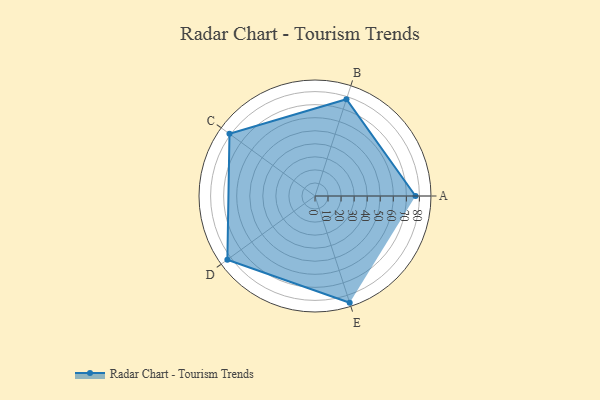
{"axis": {"x": "Skill", "y": "Score"}, "legend": ["Profile"], "data": [{"x": "A", "y": 77.0, "type": "Profile"}, {"x": "B", "y": 78.0, "type": "Profile"}, {"x": "C", "y": 81.0, "type": "Profile"}, {"x": "D", "y": 83.0, "type": "Profile"}, {"x": "E", "y": 86.0, "type": "Profile"}]}